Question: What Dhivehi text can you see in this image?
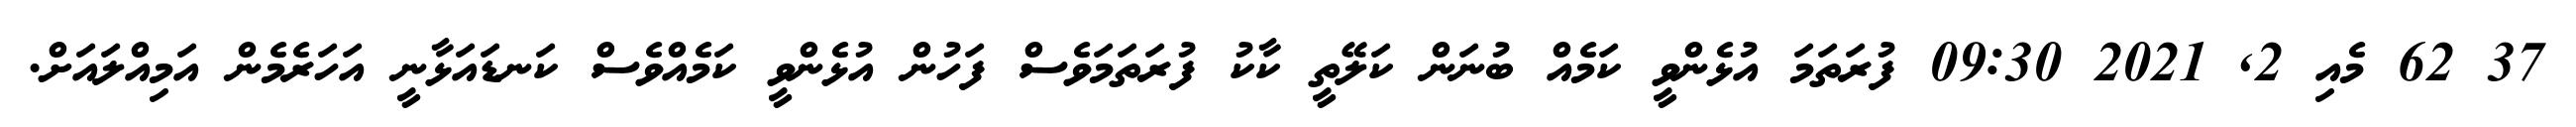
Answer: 37 62 މެއި 2, 2021 09:30 ފުރަތަމަ އުޅެންވީ ކަމެއް ބުނަން ކަލޭތީ ކާކު ފުރަތަމަވެސް ފަހުން އުޅެންވީ ކަމެއްވެސް ކަނޑައަޅާނީ އަހަރެމެން އަމިއްލައަށް.